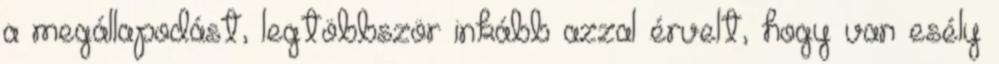
a megállapodást, legtöbbször inkább azzal érvelt, hogy van esély